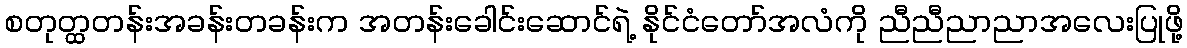
စတုတ္ထတန်းအခန်းတခန်းက အတန်းခေါင်းဆောင်ရဲ့ နိုင်ငံတော်အလံကို ညီညီညာညာအလေးပြုဖို့